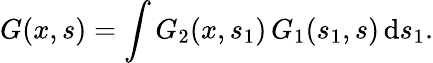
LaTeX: G(x,s)=\int G_{2}(x,s_{1})\, G_{1}(s_{1},s)\, \mathrm{d}s_{1}.